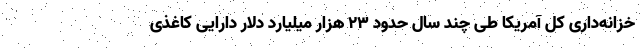
خزانه‌داری کل آمریکا طی چند سال حدود ۲۳ هزار میلیارد دلار دارایی کاغذی